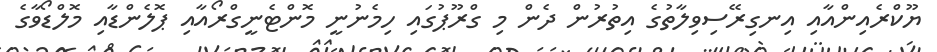
ޔޫކްރެއިންއާއި އިނގިރޭސިވިލާތުގެ އިތުރުން ދެން މި ގްރޫޕުގައި ހިމެނުނީ މޮންޓެނީގްރޯއާއި ޕޮލެންޑާއި މޮލްޑޯވާގެ